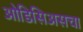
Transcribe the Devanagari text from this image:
ओडिसिअसचा